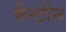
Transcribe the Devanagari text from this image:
कैंन्टीन